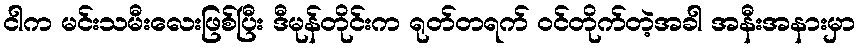
ငါက မင်းသမီးလေးဖြစ်ပြီး ဒီမုန်တိုင်းက ရုတ်တရက် ဝင်တိုက်တဲ့အခါ အနီးအနားမှာ